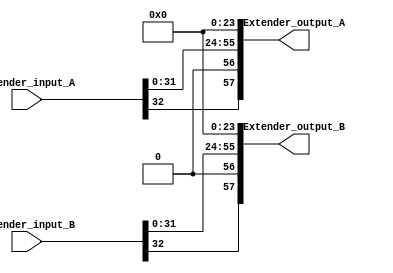
// Copyright 2023 MERL-DSU

// Licensed under the Apache License, Version 2.0 (the "License"); you may not use 
// this file except in compliance with the License. You may obtain a copy of the License at

//   http://www.apache.org/licenses/LICENSE-2.0

// Unless required by applicable law or agreed to in writing, software distributed under the 
// License is distributed on an "AS IS" BASIS, WITHOUT WARRANTIES OR CONDITIONS OF ANY KIND, 
// either express or implied. See the License for the specific language governing permissions 

module FMADD_Extender (Extender_input_A,Extender_input_B,Extender_output_A,Extender_output_B);
parameter std =31;
parameter man = 22;
parameter exp = 7;

//input declaration
input [std+1:0]  Extender_input_A,Extender_input_B;

//output declaration
output [2+exp+2*(man+2):0] Extender_output_A,Extender_output_B;

//main functionlity
assign  Extender_output_A =  {Extender_input_A[std+1],1'b0,Extender_input_A[std:0],{man+2{1'b0}}}  ;
assign  Extender_output_B =  {Extender_input_B[std+1],1'b0,Extender_input_B[std:0],{man+2{1'b0}}}  ;


endmodule